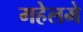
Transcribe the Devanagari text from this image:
महेलमे